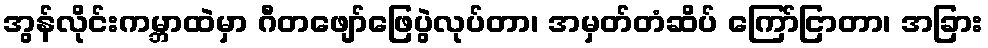
အွန်လိုင်းကမ္ဘာထဲမှာ ဂီတဖျော်ဖြေပွဲလုပ်တာ၊ အမှတ်တံဆိပ် ကြော်ငြာတာ၊ အခြား